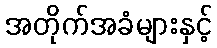
အတိုက်အခံများနှင့်